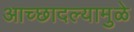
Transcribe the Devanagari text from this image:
आच्छादल्यामुळे